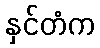
နှင်တံက